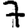
Digit: 7